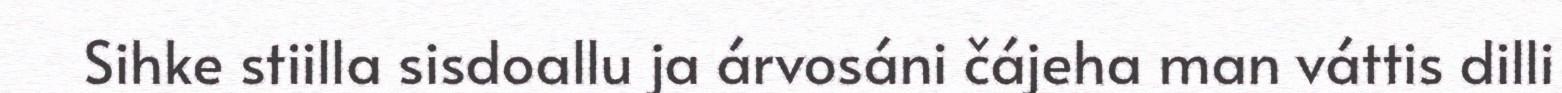
Sihke stiilla sisdoallu ja árvosáni čájeha man váttis dilli